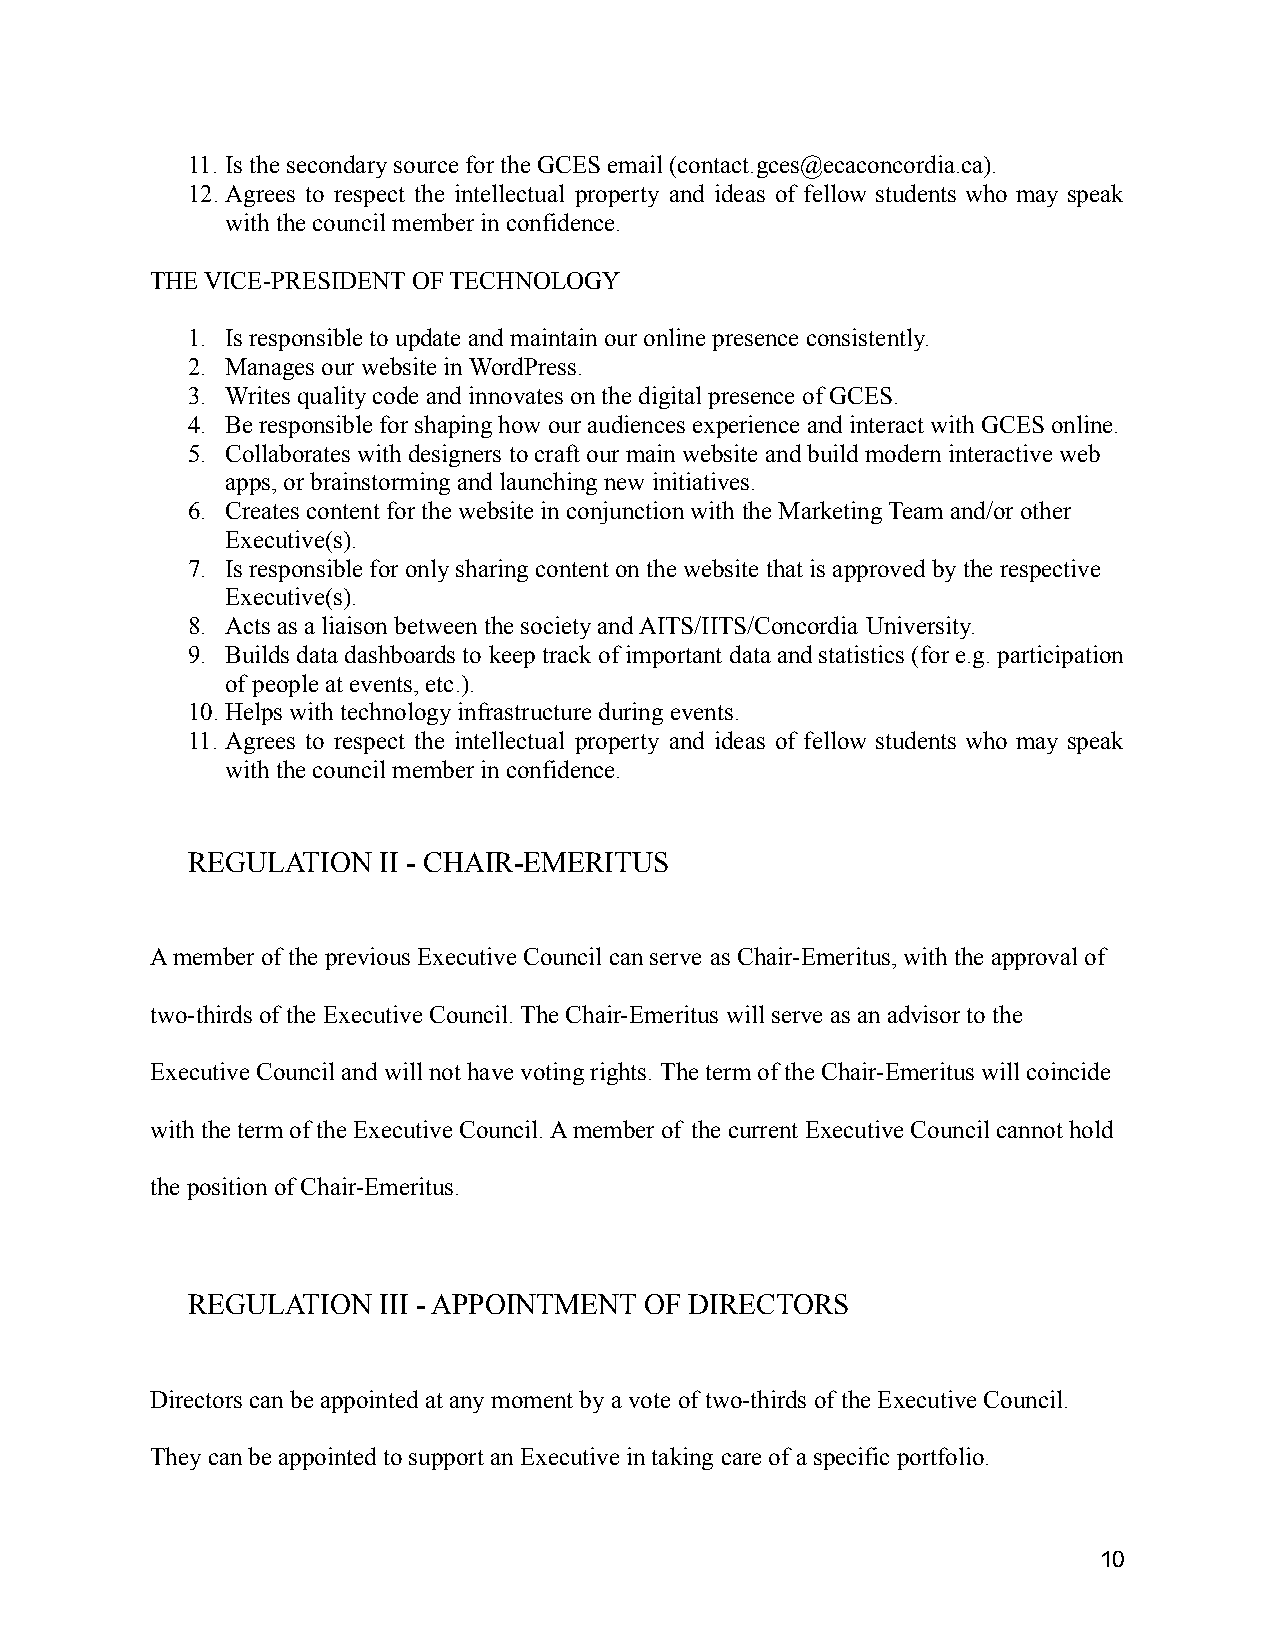
11. Is the secondary source for the GCES email (contact.gces@ecaconcordia.ca).
 12.Agrees to respect the intellectual property and ideas of fellow students who may speak
 with the council member in confidence.
 THE VICE-PRESIDENT OF TECHNOLOGY
 1. Is responsible to update and maintain our online presence consistently.
 2. Manages our website in WordPress.
 3. Writes quality code and innovates on the digital presence of GCES.
 4. Be responsible for shaping how our audiences experienceand interact with GCES online.
 5. Collaborates with designers to craft our main websiteand build modern interactive web
 apps, or brainstorming and launching new initiatives.
 6. Creates content for the website in conjunction with the Marketing Team and/or other
 Executive(s).
 7. Is responsible for only sharing content on the website that is approved by the respective
 Executive(s).
 8. Acts as a liaison between the society and AITS/IITS/Concordia University.
 9. Builds data dashboards to keep track of important data and statistics (for e.g. participation
 of people at events, etc.).
 10.Helps with technology infrastructure during events.
 11. Agrees to respect the intellectual property and ideas of fellow students who may speak
 with the council member in confidence.
 REGULATION   II - CHAIR-EMERITUS
 A member of the previous Executive Council can serve as Chair-Emeritus, with the approval of
 two-thirds of the Executive Council. The Chair-Emeritus will serve as an advisor to the
 Executive Council and will not have voting rights. The term of the Chair-Emeritus will coincide
 with the term of the Executive Council. A member of the current Executive Council cannot hold
 the position of Chair-Emeritus.
 REGULATION   III - APPOINTMENT OF DIRECTORS
 Directors can be appointed at any moment by a voteof two-thirds of the Executive Council.
 They can be appointed to support an Executive in takingcare of a specific portfolio.
 10